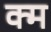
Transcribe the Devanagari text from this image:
क्म